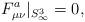
LaTeX: \begin{align*}F^{a}_{\mu \nu} |_{S^3_{\infty}} = 0,\end{align*}